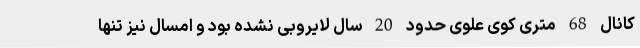
کانال 68 متری کوی علوی حدود 20 سال لایروبی نشده بود و امسال نیز تنها